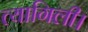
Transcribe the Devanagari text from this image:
त्यागिली।